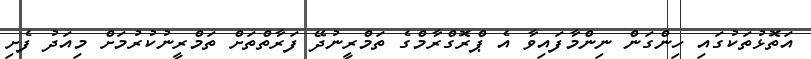
އަތޮޅުތަކުގައި ހިންގަން ނިންމާފައިވާ އެ ޕްރޮގްރާމްގެ ތަމްރީނުދޭ ފަރާތްތަށް ތަމްރީނުކުރުމަށް މިއަދު ފެށި